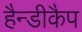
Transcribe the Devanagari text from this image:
हैन्डीकैप